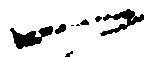
一